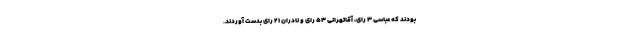
بودند که عباسی ۳ رای، آقاتهرانی ۵۳ رای و نادران ۲۱ رای بدست آوردند.